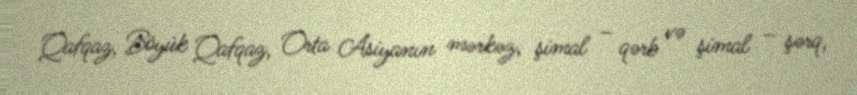
Qafqaz, Böyük Qafqaz, Orta Asiyanın mərkəz, şimal – qərb və şimal – şərq,